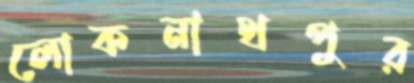
লোকনাথপুর